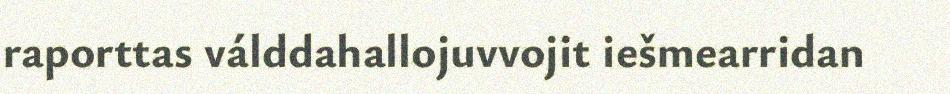
raporttas válddahallojuvvojit iešmearridan